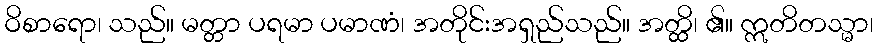
ဝိစာရော၊ သည်။ မတ္တာ ပရမာ ပမာဏံ၊ အတိုင်းအရှည်သည်။ အတ္ထိ၊ ၏။ ဣတိတသ္မာ၊